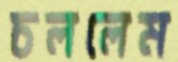
চললেম